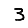
Digit: 3